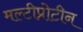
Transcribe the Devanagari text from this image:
मल्टीप्रोटीन